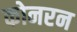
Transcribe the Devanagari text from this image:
कोनरन